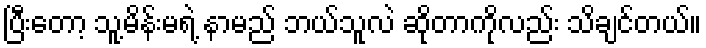
ပြီးတော့ သူ့မိန်းမရဲ့ နာမည် ဘယ်သူလဲ ဆိုတာကိုလည်း သိချင်တယ်။